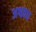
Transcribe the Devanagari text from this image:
अश्ववध